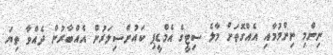
ނިންމި ނިންމުމާއި އެއްގޮތަށް މާލެ ސިޓީގެ އެމްޑީޕި ކައުންސިލަރުން އެއްބާރުން ދެއްވާ ތިޔަ